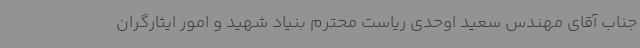
جناب آقای مهندس سعید اوحدی ریاست محترم بنیاد شهید و امور ایثارگران